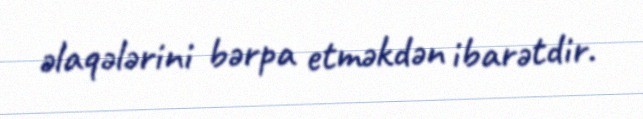
əlaqələrini bərpa etməkdən ibarətdir.